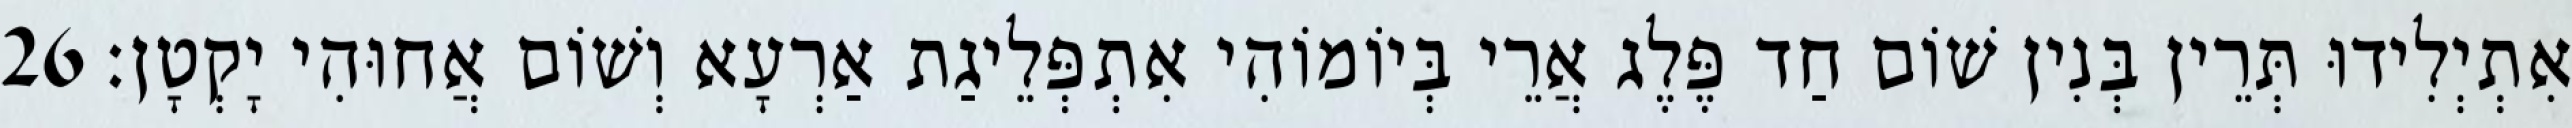
אִתְיְלִידוּ תְּרֵין בְּנִין שׁוֹם חַד פֶּלֶג אֲרֵי בְּיוֹמוֹהִי אִתְפְּלֵיגַת אַרְעָא וְשׁוֹם אֲחוּהִי יָקְטָן׃ 26